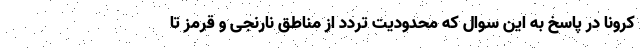
کرونا در پاسخ به این سوال که محدودیت تردد از مناطق نارنجی و قرمز تا